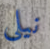
نيلي